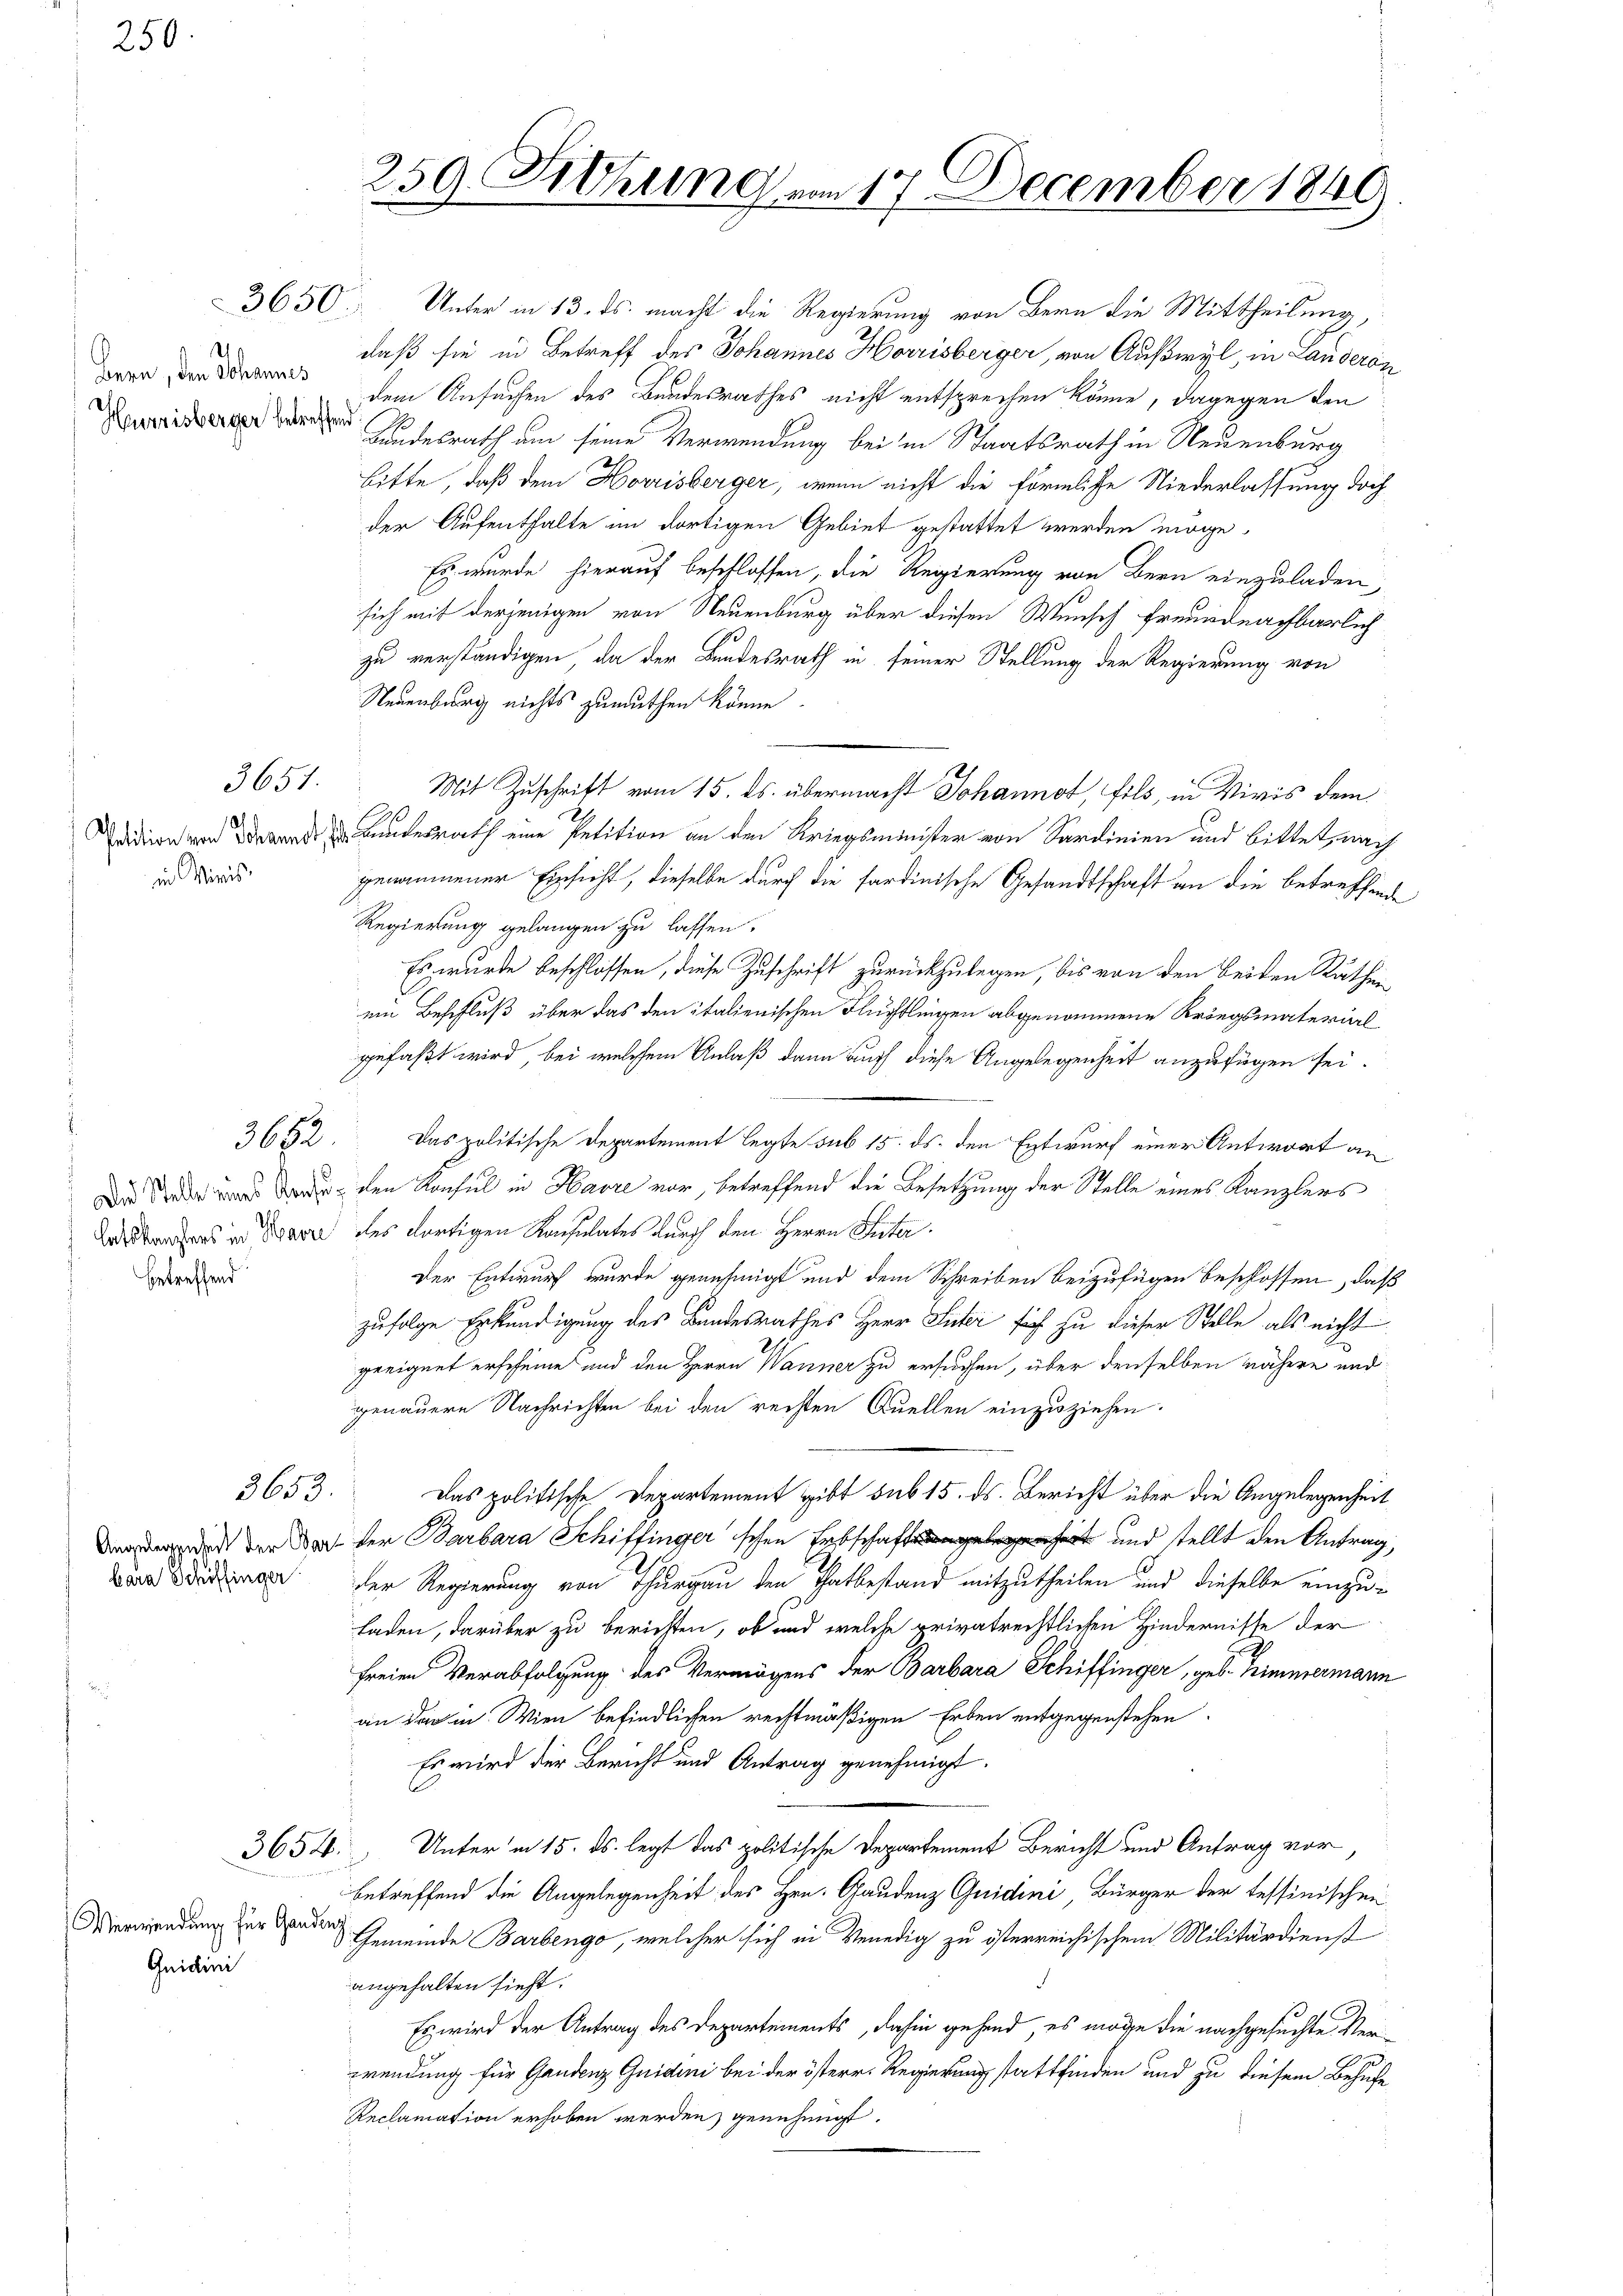
250.

bern, den Schannes
Hurnisberger betreffend

in Minis

betreffend

3650.

3651.

3685.

3653.

bara Schiffinger

3654.

Verwendung für Ganden
Quidini

Unter in 13. ds. macht die Regierung von Bern die Mittheilung,
daß sie in Betreff des Johannes Horrisberger, von Außwyl, in Landeron
dem Ansuchen des Bundesrathes nicht entsprechen könne, dagegen den
Landesrath am seine Verwendung bei in Staatsrath in Neuenburg
bitte, daß dem Horrisberger, wenn nicht die förmliche Niederlassung doch
der Aufenthalte im dortigen Gebiet gestattet werden möge,
Es wurde hierauf beschlossen, die Regierung von Bern einzuladen,
sich mit derjenigen von Neuenburg über diesen Wunsch freundnachbarlich
zu verständigen, da der Bundesrath in seiner Stellung der Regierung von
Neuenburg nichts zumuthen könne.
Mit Zuschrift vom 15. ds. übermacht Johannot, fils, in Vivis dem
h
d andesrath eine Petition an den Kriegsminister von Sardinien und Bittet, nach
genommener Einsicht, dieselbe durch die sardinische Gesandtschaft an die betreffende
Regierung gelangen zu lassen.
Es wurde beschlossen, diese Zuschrift zurückzulegen, bis von den Beiden Räthen
ein Beschluß über das den italienischen Flüchtleigen abgenommene Kröngsmaterial
gefaßt wird, bei welchem Anlaß dann auch diese Angelegenheit anzufügen sei.
Das politische Departement legte sub 15. ds. den Entwurf einer Antwort an
 den Konsul in Havre vor, betreffend die Besetzung der Stelle eines Kanzlers
Anders in Trave des dortigen Konsulates durch den Herrn Puta
Der Entwurf wurde genehmigt und dem Schreiben beizufügen beschlossen, daß
zufolge Erkundigung des Bandesrathes Herr Suter sich zu dieser Stelle als nicht
geeignet erscheine und den Herrn Wanner zu ersuchen, über denselben nähere und
genauere Nachrichten bei den rechten Quellen einzuziehen.
Das politische Departement gibt sub 15. ds. Bericht über die Angelegenheit
erden der doch der Barbara Schiffinger schen Erbschaft und stellt den Antrag,
der Regierung von Thurgau den Thatbestand mitzutheilen und dieselbe einzuladen, darüber zu berichten, ob und welche privatrechtlichen Hindernisse der
freien Verabfolgung des Vermögens der Barbara Schiffinger, geb. Himmermann
an der in Wien befindlichen rechtmäßigen Erben entgegenstehen.
Es wird der Bericht und Antrag genehmigt.
Unter in 15. ds. legt das politische Departement Bericht und Antrag vor,
betreffend die Angelegenheit des Hrn. Gaudenz Quidini, Bürger der tessinischen
Gemeinde Barbengo, welcher sich in Venedig zu österreichischem Militärdienst
angehalten sieht.
Es wird der Antrag des Departements, dahin gehend, es möge die nachgesuchte Verwendung für Gandenz Guidini bei der österr. Regierung stattfinden und zu diesem Behufe
Reclamation erhoben werden, genehmigt.

259. Sitzung von 17 December 1849.